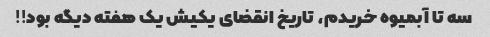
سه تا آبمیوه خریدم، تاریخ انقضای یکیش یک هفته دیگه بود!!